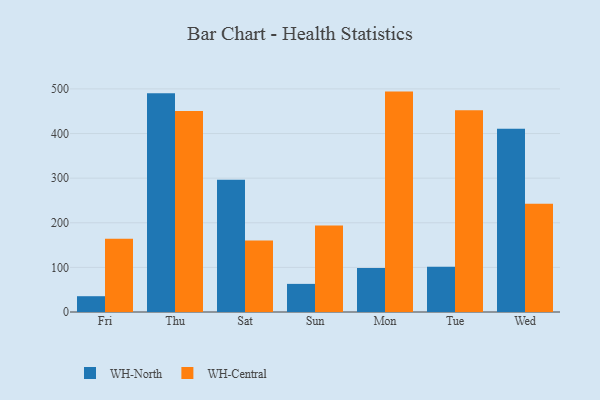
{"axis": {"x": "Day", "y": "Gross Profit (USD K)"}, "legend": ["WH-Central", "WH-North"], "data": [{"x": "Fri", "y": 35.4, "type": "WH-North"}, {"x": "Fri", "y": 164.1, "type": "WH-Central"}, {"x": "Thu", "y": 490.3, "type": "WH-North"}, {"x": "Thu", "y": 450.3, "type": "WH-Central"}, {"x": "Sat", "y": 296.2, "type": "WH-North"}, {"x": "Sat", "y": 160.4, "type": "WH-Central"}, {"x": "Sun", "y": 63.0, "type": "WH-North"}, {"x": "Sun", "y": 194.1, "type": "WH-Central"}, {"x": "Mon", "y": 98.4, "type": "WH-North"}, {"x": "Mon", "y": 494.0, "type": "WH-Central"}, {"x": "Tue", "y": 101.5, "type": "WH-North"}, {"x": "Tue", "y": 452.0, "type": "WH-Central"}, {"x": "Wed", "y": 410.5, "type": "WH-North"}, {"x": "Wed", "y": 242.7, "type": "WH-Central"}]}